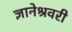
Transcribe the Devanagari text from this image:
ज्ञानेश्रवरी